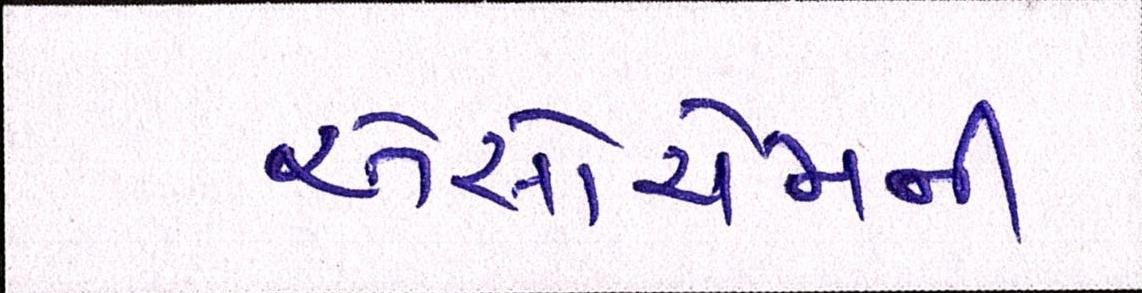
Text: એસોચેમની